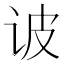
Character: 诐